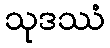
သုဒဿံ